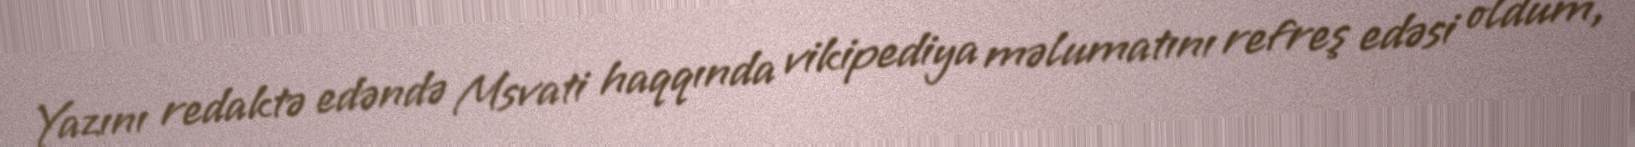
Yazını redaktə edəndə Msvati haqqında vikipediya məlumatını refreş edəsi oldum,